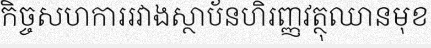
កិច្ចសហការរវាងស្ថាប័នហិរញ្ញវត្ថុឈានមុខ